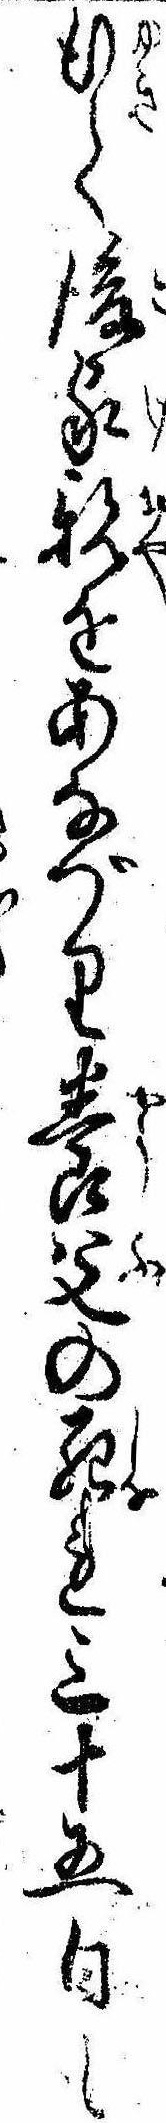
行て後家親をあなづり養父の死れ三十五日も